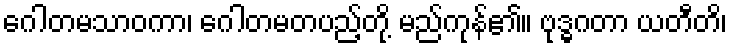
ဂေါတမသာဝကာ၊ ဂေါတမတပည့်တို့ မည်ကုန်၏။ ဗုဒ္ဓဂတာ ယတီတိ၊